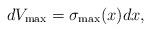
LaTeX: \begin{align*} dV_{\max}=\sigma_{\max}(x)dx, \end{align*}